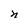
Character: n